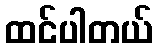
ထင်ပါတယ်